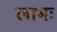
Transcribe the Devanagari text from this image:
लाभः